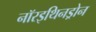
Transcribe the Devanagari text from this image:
नॉरइथिनड्रोन